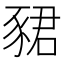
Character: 𬥀